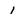
Character: 1